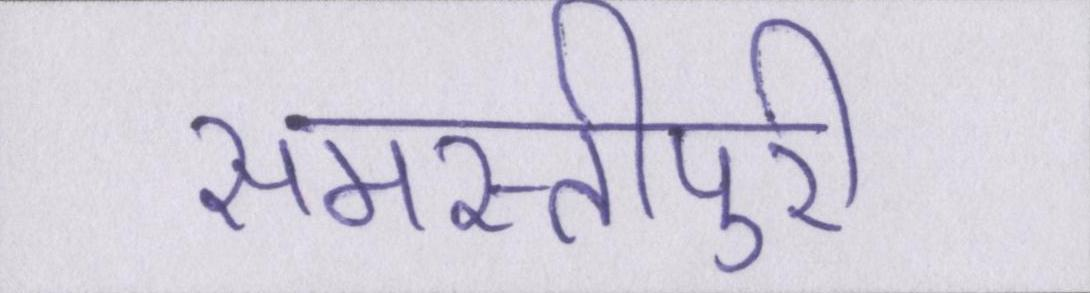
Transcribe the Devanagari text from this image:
समस्तीपुरी